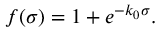
f ( \sigma ) = 1 + e ^ { - k _ { 0 } \sigma } .